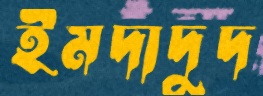
ইমদাদুদ